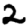
Digit: 2